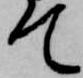
て